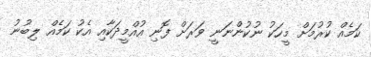
ކަމެއް ކުރުމަށް މީހަކު ނުކުންނަނީ ވަރަށް ފޮނި އުއްމީދަކާއި އެކު ކަމެއް ލިބުނު